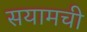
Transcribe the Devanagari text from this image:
सयामची